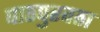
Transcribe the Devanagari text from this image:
पाठपुरवठा